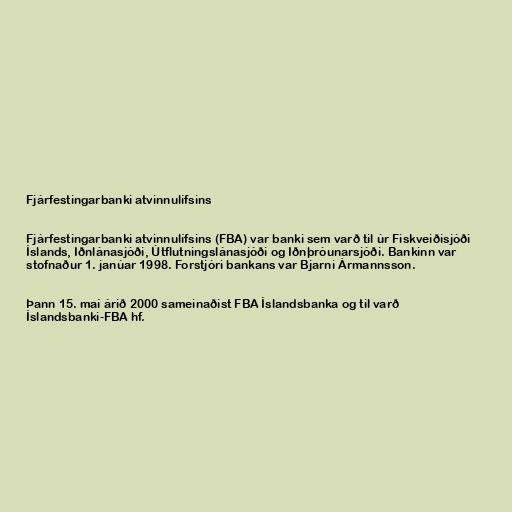
Fjárfestingarbanki atvinnulífsins

Fjárfestingarbanki atvinnulífsins (FBA) var banki sem varð til úr Fiskveiðisjóði
Íslands, Iðnlánasjóði, Útflutningslánasjóði og Iðnþróunarsjóði. Bankinn var
stofnaður 1. janúar 1998. Forstjóri bankans var Bjarni Ármannsson.

Þann 15. maí árið 2000 sameinaðist FBA Íslandsbanka og til varð
Íslandsbanki-FBA hf.